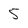
Character: 5